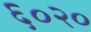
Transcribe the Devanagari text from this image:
६०२०